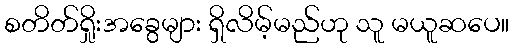
စတိတ်ရှိုးအခွေများ ရှိလိမ့်မည်ဟု သူ မယူဆပေ။